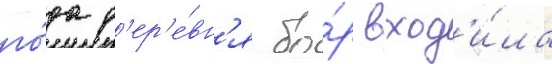
го́да д'ер'е́вн'я бо́р вход'и́ла